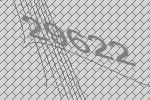
29622